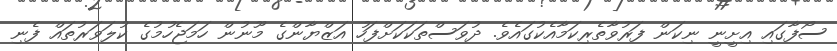
ސޯފާގައި އިށީނީ ނިކަން ފަރުވާތެރިކަމާއެކުގައެވެ. ދުވަސްތަކަކަށްފަހު އަޒްޔާންގެ މޫނުން ހަމަޖެހުމުގެ ކުލަވަރުތައް ފެނި